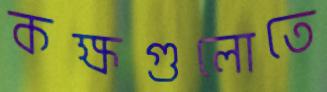
কক্ষগুলোতে